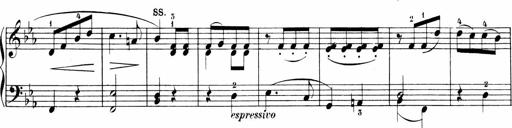
Title: Sonatinen Op.47, 98 und 136, nebst 6 Liedersonatinen
Composer: Carl Reinecke